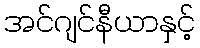
အင်ဂျင်နီယာနှင့်